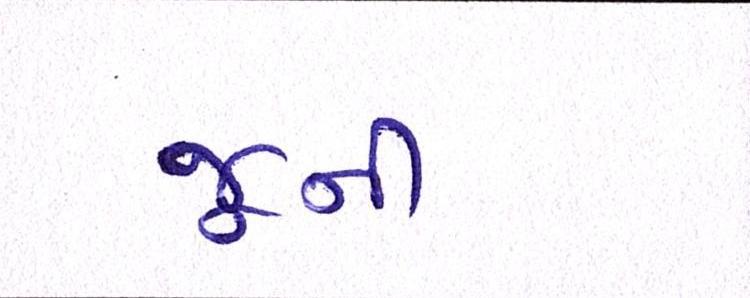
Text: જૂની